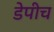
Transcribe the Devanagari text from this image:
डेपीच